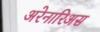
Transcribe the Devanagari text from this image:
अरेनारिअस